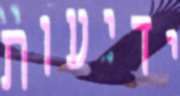
ידיעות